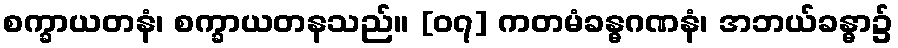
စက္ခာယတနံ၊ စက္ခာယတနသည်။ [၀၇] ကတမံခန္ဓဂဏနံ၊ အဘယ်ခန္ဓာ၌